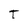
Character: T